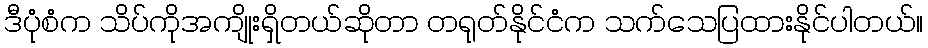
ဒီပုံစံက သိပ်ကိုအကျိုးရှိတယ်ဆိုတာ တရုတ်နိုင်ငံက သက်သေပြထားနိုင်ပါတယ်။